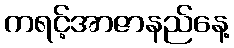
ကရင့်အာဇာနည်နေ့